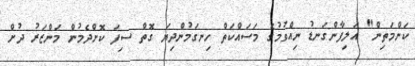
ކަންމަތިން" އަލިފާންގަނޑު ނިއްވުމުގެ މަސައްކަތް ހިނގަމުންދިޔަ ގޮތް ސިފަ ކޮށްދެމުން މަންޒަރު ދުށް